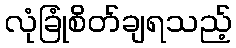
လုံခြုံစိတ်ချရသည့်